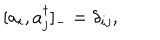
LaTeX: [ a _ { i } , a _ { j } ^ { \dagger } ] _ { - } = \delta _ { i j } ,